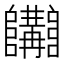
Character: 𨽩